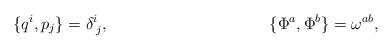
LaTeX: \begin{align*}\{ q^i, p_j \} = \delta^i_{\;j}, \hspace{1.6in} \{\Phi^a,\Phi^b\} = \omega^{ab},\end{align*}